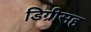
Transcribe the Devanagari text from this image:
डिग्रीसह